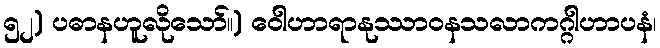
၅၂) ပဓာနဟူလိုသော်။) ဝေါဟာရာနုဿာဝနသလာကဂ္ဂါဟာပနံ၊